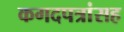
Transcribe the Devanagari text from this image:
कगदपत्रांसह